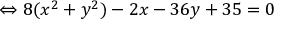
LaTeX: \Leftrightarrow 8 ( x ^ { 2 } + y ^ { 2 } ) - 2 x - 3 6 y + 3 5 = 0